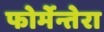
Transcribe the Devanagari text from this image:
फोर्मेन्तेरा